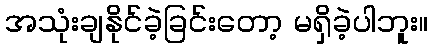
အသုံးချနိုင်ခဲ့ခြင်းတော့ မရှိခဲ့ပါဘူး။